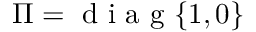
\boldsymbol { \Pi } = \mathrm { ~ d ~ i ~ a ~ g ~ } \{ 1 , 0 \}